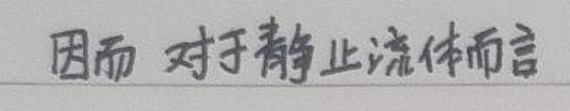
因而 对于静止流体而言